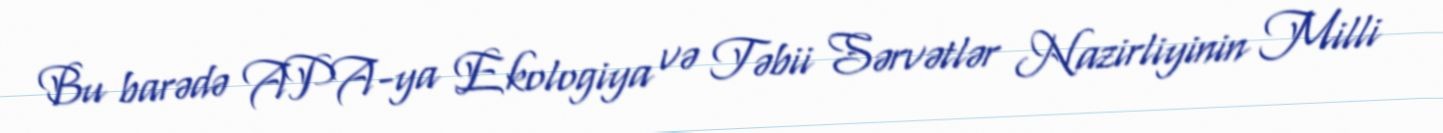
Bu barədə APA-ya Ekologiya və Təbii Sərvətlər Nazirliyinin Milli